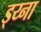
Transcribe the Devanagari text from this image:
ड्य्ना